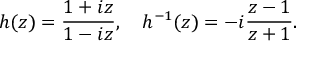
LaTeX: h ( z ) = \frac { 1 + i z } { 1 - i z } , \quad h ^ { - 1 } ( z ) = - i \frac { z - 1 } { z + 1 } .